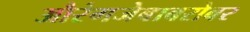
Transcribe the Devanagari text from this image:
औरंगजेबाबरोबर